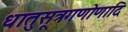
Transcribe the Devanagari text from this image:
धातुसूत्रगणोणादि